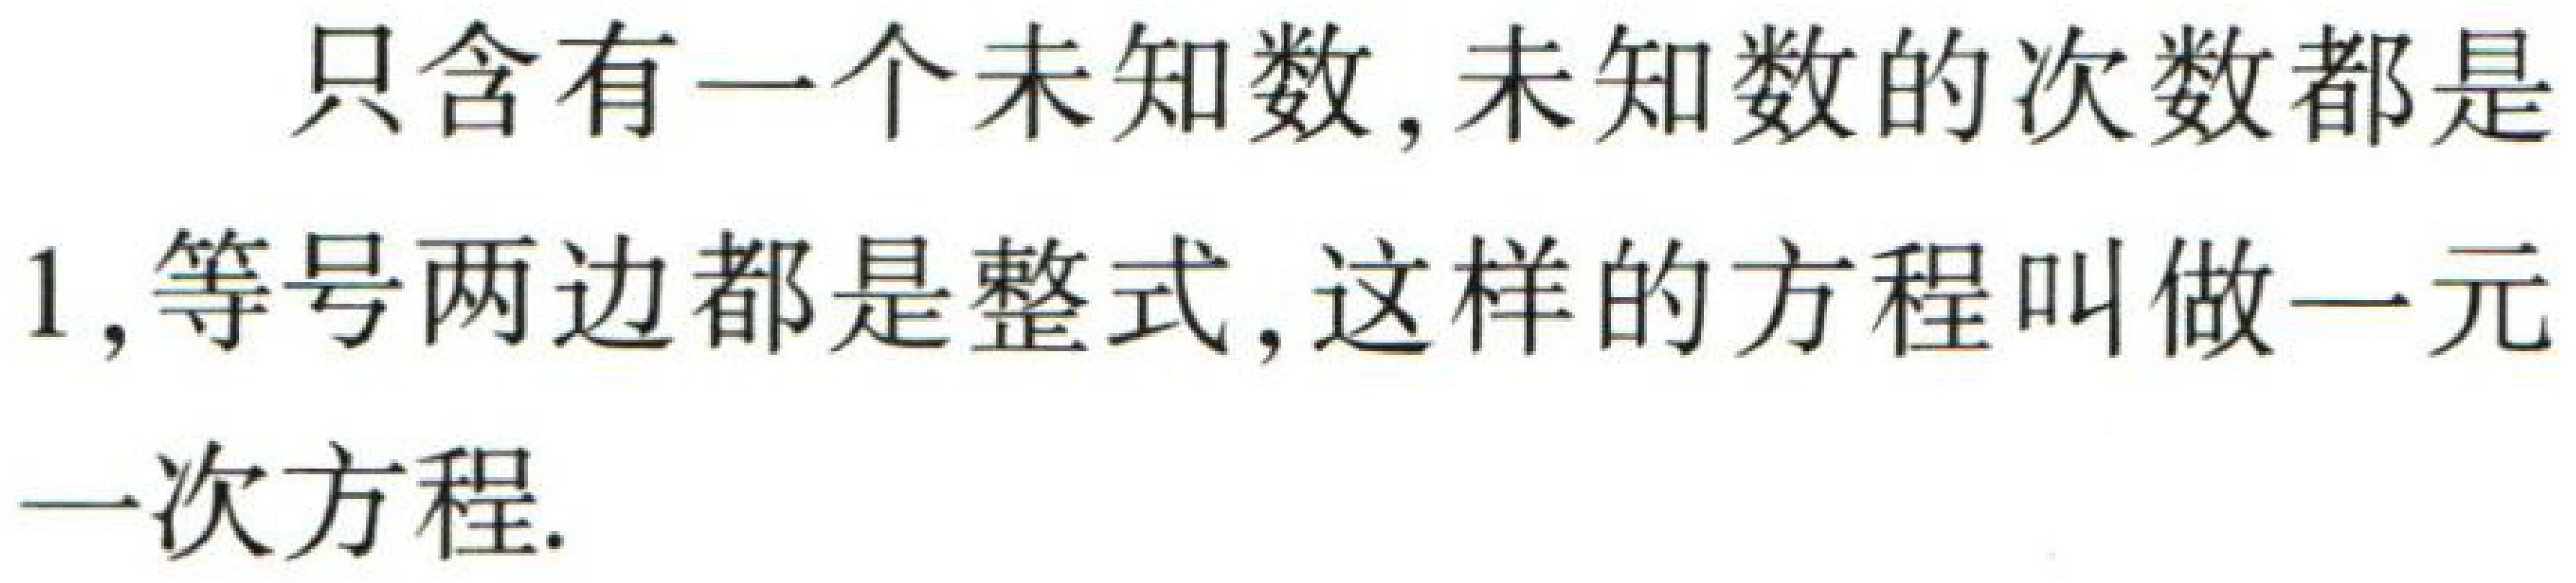
只含有一个未知数, 未知数的次数都是$1$, 等号两边都是整式, 这样的方程叫做一元一次方程.